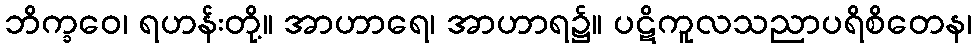
ဘိက္ခဝေ၊ ရဟန်းတို့။ အာဟာရေ၊ အာဟာရ၌။ ပဋိကူလသညာပရိစိတေန၊